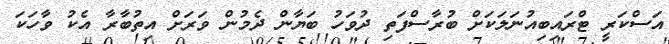
އަސްކަރީ ޓްރައިބިއުނަލަކަށް ބުރާސްފަތި ދުވަހު ބަޔާން ދެމުން ވަރަށް އިތުބާރާ އެކު ވާހަކަ